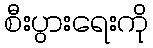
စီးပွားရေးကို